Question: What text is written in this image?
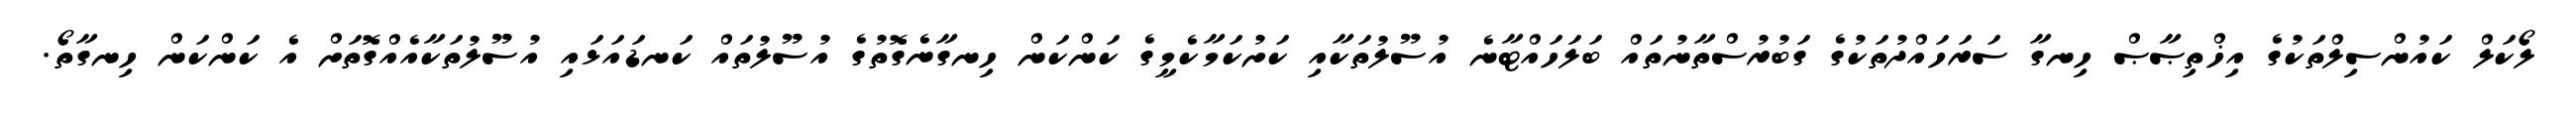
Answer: ލޯކަލް ކައުންސިލްތަކުގެ އިޚްތިޞާޞް ހިނގާ ސަރަހައްދުތަކުގެ ގަބުރުސްތާނުތައް ބަލަހައްޓާނެ އުސޫލުތަކާއި ކަށުކަމާކެމީގެ ކަންކަން ހިނގާނެގޮތުގެ އުސޫލުތައް ކަނޑައަޅައި އުސޫލުތަކާއެއްގޮތަށް އެ ކަންކަން ހިނގާތޯ.